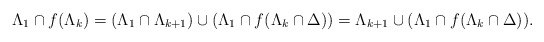
\begin{align*}\Lambda_1\cap f(\Lambda_k)=(\Lambda_1\cap \Lambda_{k+1})\cup(\Lambda_1\cap f(\Lambda_k\cap\Delta))=\Lambda_{k+1}\cup(\Lambda_1\cap f(\Lambda_k\cap\Delta)).\end{align*}